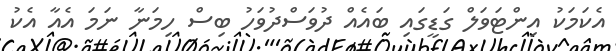
އެކަމަކު އިންޓަވަލް ގަޑީގައި ބައެއް ދުވަސްދުވަހު ބިސް ހިމަނާ ނަމަ އެއާ އެކު